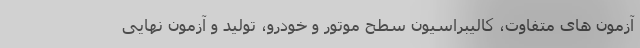
آزمون های متفاوت، کالیبراسیون سطح موتور و خودرو، تولید و آزمون نهایی